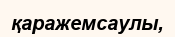
қаражемсаулы,